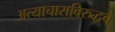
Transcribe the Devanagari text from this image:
अत्याचाराविरुद्धचे